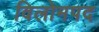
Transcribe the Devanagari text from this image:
विलोमपद